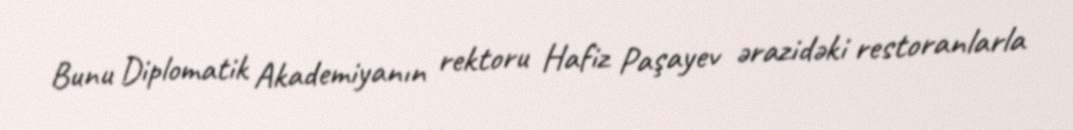
Bunu Diplomatik Akademiyanın rektoru Hafiz Paşayev ərazidəki restoranlarla